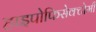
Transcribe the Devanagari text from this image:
हाइपोफिसेक्टोमी